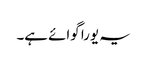
یہ یورا گوائے ہے۔